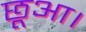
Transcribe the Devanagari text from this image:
छूआ।